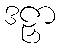
ဒဠှာ